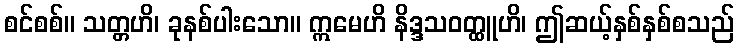
စင်စစ်။ သတ္တဟိ၊ ခုနစ်ပါးသော။ ဣမေဟိ နိဒ္ဒသဝတ္ထူဟိ၊ ဤဆယ့်နှစ်နှစ်စသည်